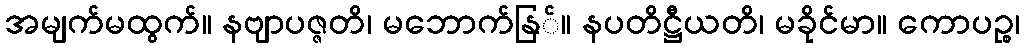
အမျက်မထွက်။ နဗျာပဇ္ဇတိ၊ မဘောက်နြ်။ နပတိဋ္ဌီယတိ၊ မခိုင်မာ။ ကောပဉ္စ၊